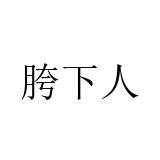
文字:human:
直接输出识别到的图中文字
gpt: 胯下人